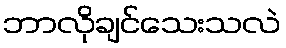
ဘာလိုချင်သေးသလဲ